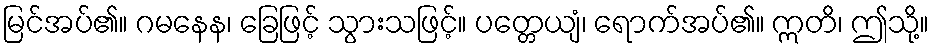
မြင်အပ်၏။ ဂမနေန၊ ခြေဖြင့် သွားသဖြင့်။ ပတ္တေယျံ၊ ရောက်အပ်၏။ ဣတိ၊ ဤသို့။